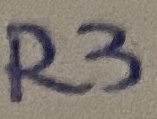
Text: R3